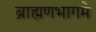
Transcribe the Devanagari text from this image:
ब्राह्मणभागमे